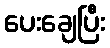
ပေးချေပြီး